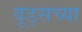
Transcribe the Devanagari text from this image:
वूड्सच्या